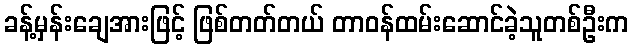
ခန့်မှန်းချေအားဖြင့် ဖြစ်တတ်တယ် တာဝန်ထမ်းဆောင်ခဲ့သူတစ်ဦးက